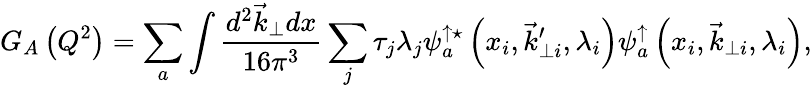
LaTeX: G_{A}\left(Q^{2}\right)=\sum_{a}\int\frac{d^{2}\vec{k}_{\perp}dx}{16\pi^{3}}\sum_{j}\tau_{j}\lambda_{j}\psi_{a}^{\uparrow\star}\left(x_{i},\vec{k}_{\perp i}^{\prime},\lambda_{i}\right)\psi_{a}^{\uparrow}\left(x_{i},\vec{k}_{\perp i},\lambda_{i}\right),